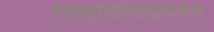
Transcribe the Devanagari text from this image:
पन्हाळगडावरून